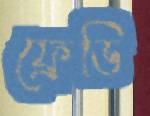
ফ্রেডি